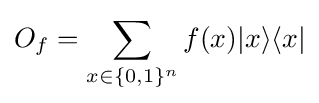
O_{f}=\sum _{x\in \{0,1\}^{n}}f(x)|x\rangle \langle x|